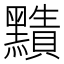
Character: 𪒦